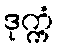
ဒုက္ကံ